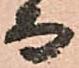
而